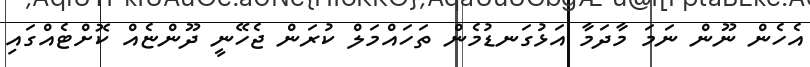
އެހެން ނޫން ނަމަ މާދަމާ އަޅުގަނޑުމެން ތަހައްމަލް ކުރަން ޖެހޭނީ ދޫންޏެއް ކޮށްޓެއްގައި